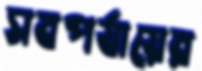
সবপর্যায়ের